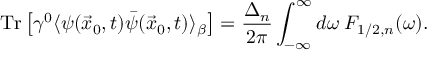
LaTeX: \mathrm { T r } \left[ \gamma ^ { 0 } \langle \psi ( \vec { x } _ { 0 } , t ) \bar { \psi } ( \vec { x } _ { 0 } , t ) \rangle _ { \beta } \right] = \frac { \Delta _ { n } } { 2 \pi } \int _ { - \infty } ^ { \infty } d \omega \; F _ { 1 / 2 , n } ( \omega ) .